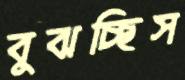
বুঝচ্ছিস